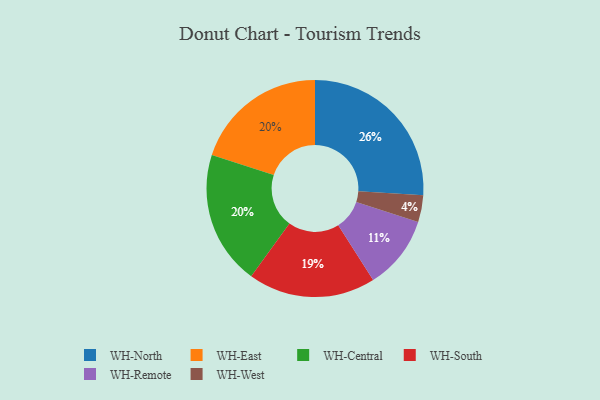
{"axis": {"x": "Category", "y": "Percentage"}, "legend": ["WH-Central", "WH-East", "WH-North", "WH-Remote", "WH-South", "WH-West"], "data": [{"x": "WH-East", "y": 20, "type": "WH-East"}, {"x": "WH-Remote", "y": 11, "type": "WH-Remote"}, {"x": "WH-South", "y": 19, "type": "WH-South"}, {"x": "WH-Central", "y": 20, "type": "WH-Central"}, {"x": "WH-West", "y": 4, "type": "WH-West"}, {"x": "WH-North", "y": 26, "type": "WH-North"}]}